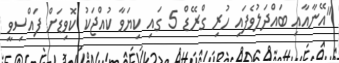
"އޭނާއާއި ބައްދަލުވެފައި ހުރި ގްރޭޑް 5 ގައި ކިޔަވާ ކުއްޖަކު ކޮވިޑަށް ފައްސިވީ